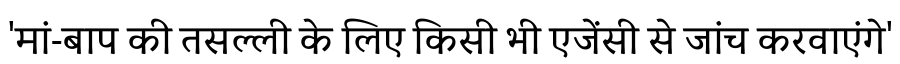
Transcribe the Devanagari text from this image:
'मां-बाप की तसल्ली के लिए किसी भी एजेंसी से जांच करवाएंगे'